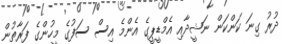
ދުރު ގިނަ ކަންކަން ނަޝީދާއި އެމްޑީޕީގެ އެންމެ އިސް ސަފުގެ މީހުންގެ ފަރާތުން